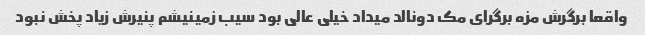
واقعا برگرش مزه برگرای مک دونالد میداد خیلی عالی بود سیب زمینیشم پنیرش زیاد پخش نبود